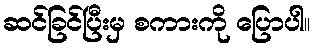
ဆင်ခြင်ပြီးမှ စကားကို ပြောပါ။